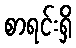
စာရင်းရှိ